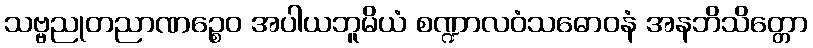
သဗ္ဗညုတညာဏဉ္စေဝ အပါယဘူမိယံ စဏ္ဍာလဝံသဓောဝနံ အနဘိသိတ္တော